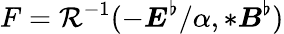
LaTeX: F=\mathcal{R}^{-1}(-\boldsymbol{E}^{\flat}/\alpha,*\boldsymbol{B}^{\flat})